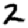
Digit: 2